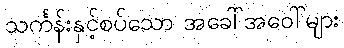
သင်္ကန်းနှင့်စပ်သော အခေါ်အဝေါ်များ